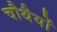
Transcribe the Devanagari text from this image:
चौथैयों